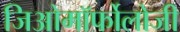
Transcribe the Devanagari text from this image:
जिओमॉर्फोलोजी